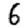
Digit: 6